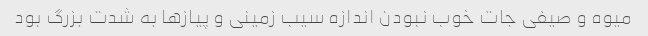
میوه و صیفی جات خوب نبودن اندازه سیب زمینی و پیازها به شدت بزرگ بود